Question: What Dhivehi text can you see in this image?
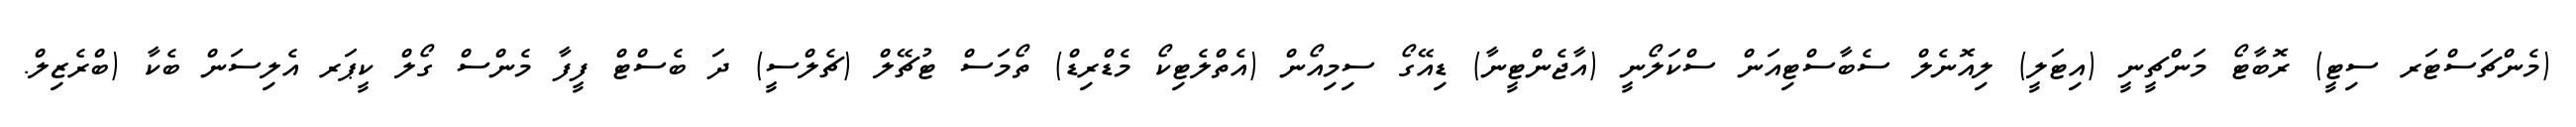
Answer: (މެންޗަސްޓަރ ސިޓީ) ރޮބާޓޯ މަންޗީނީ (އިޓަލީ) ލިއޮނެލް ސެބާސްޓިއަން ސްކަލޯނީ (އާޖެންޓީނާ) ޑިއޭގޯ ސިމިއޯން (އެތްލެޓިކޯ މެޑްރިޑް) ތޯމަސް ޓުޗޭލް (ޗެލްސީ) ދަ ބެސްޓް ފީފާ މެންސް ގޯލް ކީޕަރ އެލިސަން ބެކާ (ބްރެޒިލް.